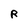
Character: R